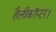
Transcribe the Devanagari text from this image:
हैलीकॉप्टर।